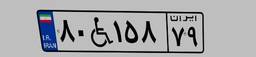
۸۰W۱۵۸۷۹